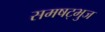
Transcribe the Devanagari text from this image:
समषट्भुज